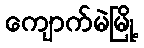
ကျောက်မဲမြို့